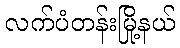
လက်ပံတန်းမြို့နယ်